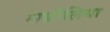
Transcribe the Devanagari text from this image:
बम्रौलिया